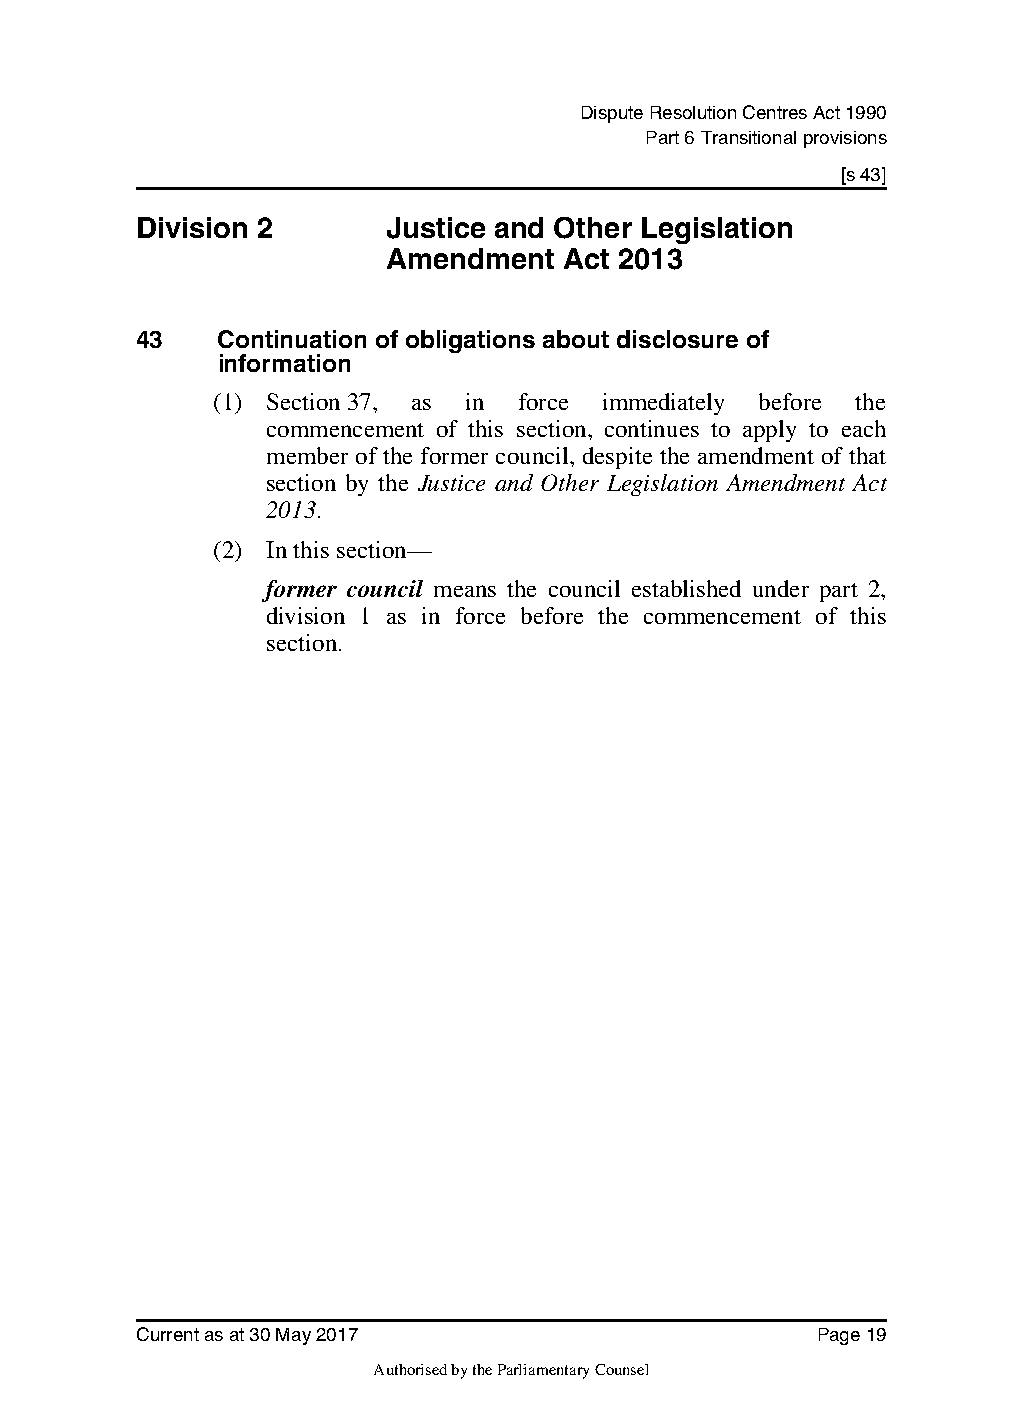
Dispute Resolution Centres Act 1990
 Part 6 Transitional provisions
 [s 43]
 Division 2       Justice and Other Legislation
 Amendment  Act 2013
 43    Continuation of obligations about disclosure of
 information
 (1) Section37, as in force immediately before the
 commencement of this section, continues to apply to each
 member of the former council, despite the amendment of that
 section by the Justice and Other Legislation Amendment Act
 2013.
 (2) In this section—
 former council means the council established under part 2,
 division 1 as in force before the commencement of this
 section.
 Current as at 30 May 2017                    Page 19
 Authorised by the Parliamentary Counsel